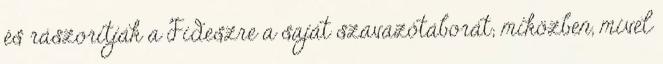
és rászorítják a Fideszre a saját szavazótáborát; miközben, mivel